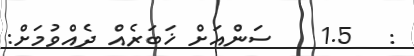
:   1.5    ސަންއަށް ޚަބަރެއް ދެއްވުމަށް: